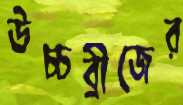
উচ্চব্রীজের